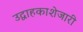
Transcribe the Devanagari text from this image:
उद्वाहकाशेजारी